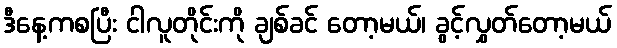
ဒီနေ့ကစပြီး ငါလူတိုင်းကို ချစ်ခင် တော့မယ်၊ ခွင့်လွှတ်တော့မယ်